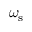
\omega _ { \mathrm { s } }